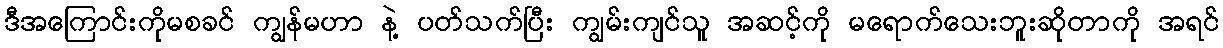
ဒီအကြောင်းကိုမစခင် ကျွန်မဟာ နဲ့ ပတ်သက်ပြီး ကျွမ်းကျင်သူ အဆင့်ကို မရောက်သေးဘူးဆိုတာကို အရင်